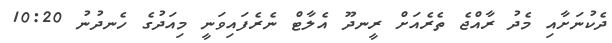
ދެކުނަށާއި މެދު ރާއްޖެ ތެރެއަށް ރީނދޫ އެލާޓް ނެރެފައިވަނީ މިއަދުގެ ހެނދުނު 10:20